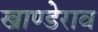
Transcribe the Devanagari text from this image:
खाण्डेराव